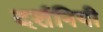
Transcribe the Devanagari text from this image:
दर्शनियी